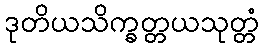
ဒုတိယသိက္ခတ္တယသုတ္တံ